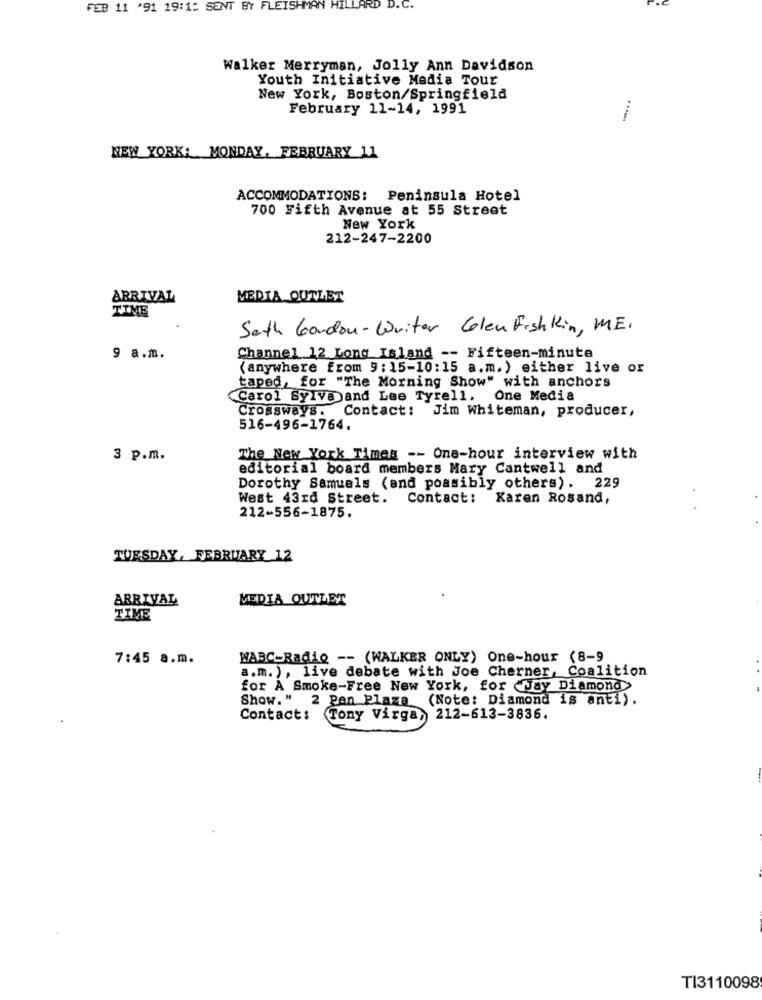
FEB 11 '91 19:1: SENT BY FLEISHMAN HILLARD D. C.
Walker Merryman, Jolly Ann Davidson
Youth Initiative Media Tour
New York, Boston/Springfield
February 11-14, 1991
NEW YORK: MONDAY, FEBRUARY 11
ACCOMMODATIONS: Peninsula Hotel
700 Fifth Avenue at 55 Street
New York
212-247-2200
ARRIVAL
MEDIA OUTLET
TIME
Sath Gordon-Writer Gelen Fishkin, ME.
9 a.m.
Channel 12 Long Island -- Fifteen-minute
(anywhere from 9: 15-10:15 a.m. ) either live or
taped, for "The Morning Show" with anchors
Carol Sylva and Lee Tyrell. One Media
Contact: Jim Whiteman, producer,
Crossways.
516-496-1764.
3 p.m.
The New York Times -- One-hour interview with
editorial board members Mary Cantwell and
Dorothy Samuels (and possibly others). 229
West 43rd Street. Contact: Karen Rosand,
212-556-1875.
TUESDAY, FEBRUARY 12
ARRIVAL
MEDIA OUTLET
TIME
7:45 a.m.
WABC-Radio -- (WALKER ONLY) One-hour (8-9
a.m.) , live debate with Joe Cherner, Coalition
for A Smoke-Free New York, for "Jay Diamond>
Show." 2 Pen Plaza (Note: Diamond is anti).
Contacts
Tony Virga, 212-613-3836.
TI3110098